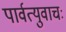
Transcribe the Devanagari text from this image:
पार्वत्युवाचः